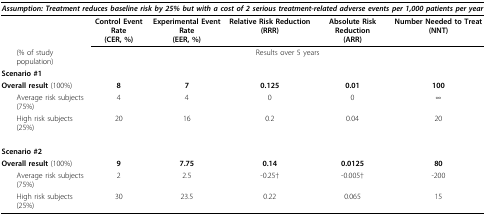
<table><thead><tr><td colspan="6"><b><i>Assumption: Treatment reduces baseline risk by 25% but with a cost of 2 serious treatment-related adverse events per 1,000 patients per year</i></b></td></tr></thead><tbody><tr><td></td><td><b>Control Event Rate</b><b>(CER, %)</b></td><td><b>Experimental Event Rate</b><b>(EER, %)</b></td><td><b>Relative Risk Reduction (RRR)</b></td><td><b>Absolute Risk Reduction</b><b>(ARR)</b></td><td><b>Number Needed to Treat (NNT)</b></td></tr><tr><td> (% of study population)</td><td colspan="5">Results over 5 years</td></tr><tr><td><b>Scenario #1</b></td><td></td><td></td><td></td><td></td><td></td></tr><tr><td><b>Overall result </b>(100%)</td><td><b>8</b></td><td><b>7</b></td><td><b>0.125</b></td><td><b>0.01</b></td><td><b>100</b></td></tr><tr><td> Average risk subjects (75%)</td><td>4</td><td>4</td><td>0</td><td>0</td><td>∞</td></tr><tr><td> High risk subjects (25%)</td><td>20</td><td>16</td><td>0.2</td><td>0.04</td><td>20</td></tr><tr><td><b>Scenario #2</b></td><td></td><td></td><td></td><td></td><td></td></tr><tr><td><b>Overall result </b>(100%)</td><td><b>9</b></td><td><b>7.75</b></td><td><b>0.14</b></td><td><b>0.0125</b></td><td><b>80</b></td></tr><tr><td> Average risk subjects (75%)</td><td>2</td><td>2.5</td><td>-0.25†</td><td>-0.005†</td><td>-200</td></tr><tr><td> High risk subjects (25%)</td><td>30</td><td>23.5</td><td>0.22</td><td>0.065</td><td>15</td></tr></tbody></table>